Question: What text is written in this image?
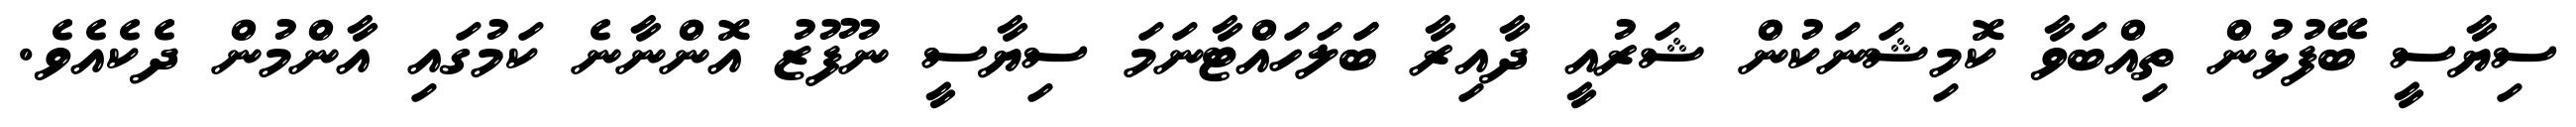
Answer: ސިޔާސީ ބޭފުޅުން ތިއްބަވާ ކޮމިޝަނަކުން ޝަރުއީ ދާއިރާ ބަަލަހައްޓާނަމަ ސިޔާސީ ނުފޫޒު އޮންނާނެ ކަމުގައި އާންމުން ދެކެއެވެ.